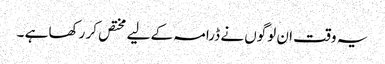
یہ وقت ان لوگوں نے ڈرامہ کے لیے مختص کر رکھا ہے ۔